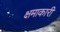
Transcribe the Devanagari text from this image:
क्षमाकारी